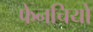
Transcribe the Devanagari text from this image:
फेनचियो